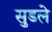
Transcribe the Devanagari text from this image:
सुडले